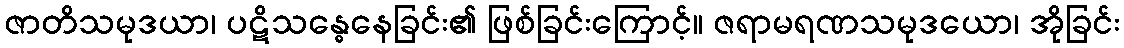
ဇာတိသမုဒယာ၊ ပဋိသန္ဓေနေခြင်း၏ ဖြစ်ခြင်းကြောင့်။ ဇရာမရဏသမုဒယော၊ အိုခြင်း